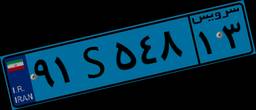
۹۱S۵۴۸۱۳